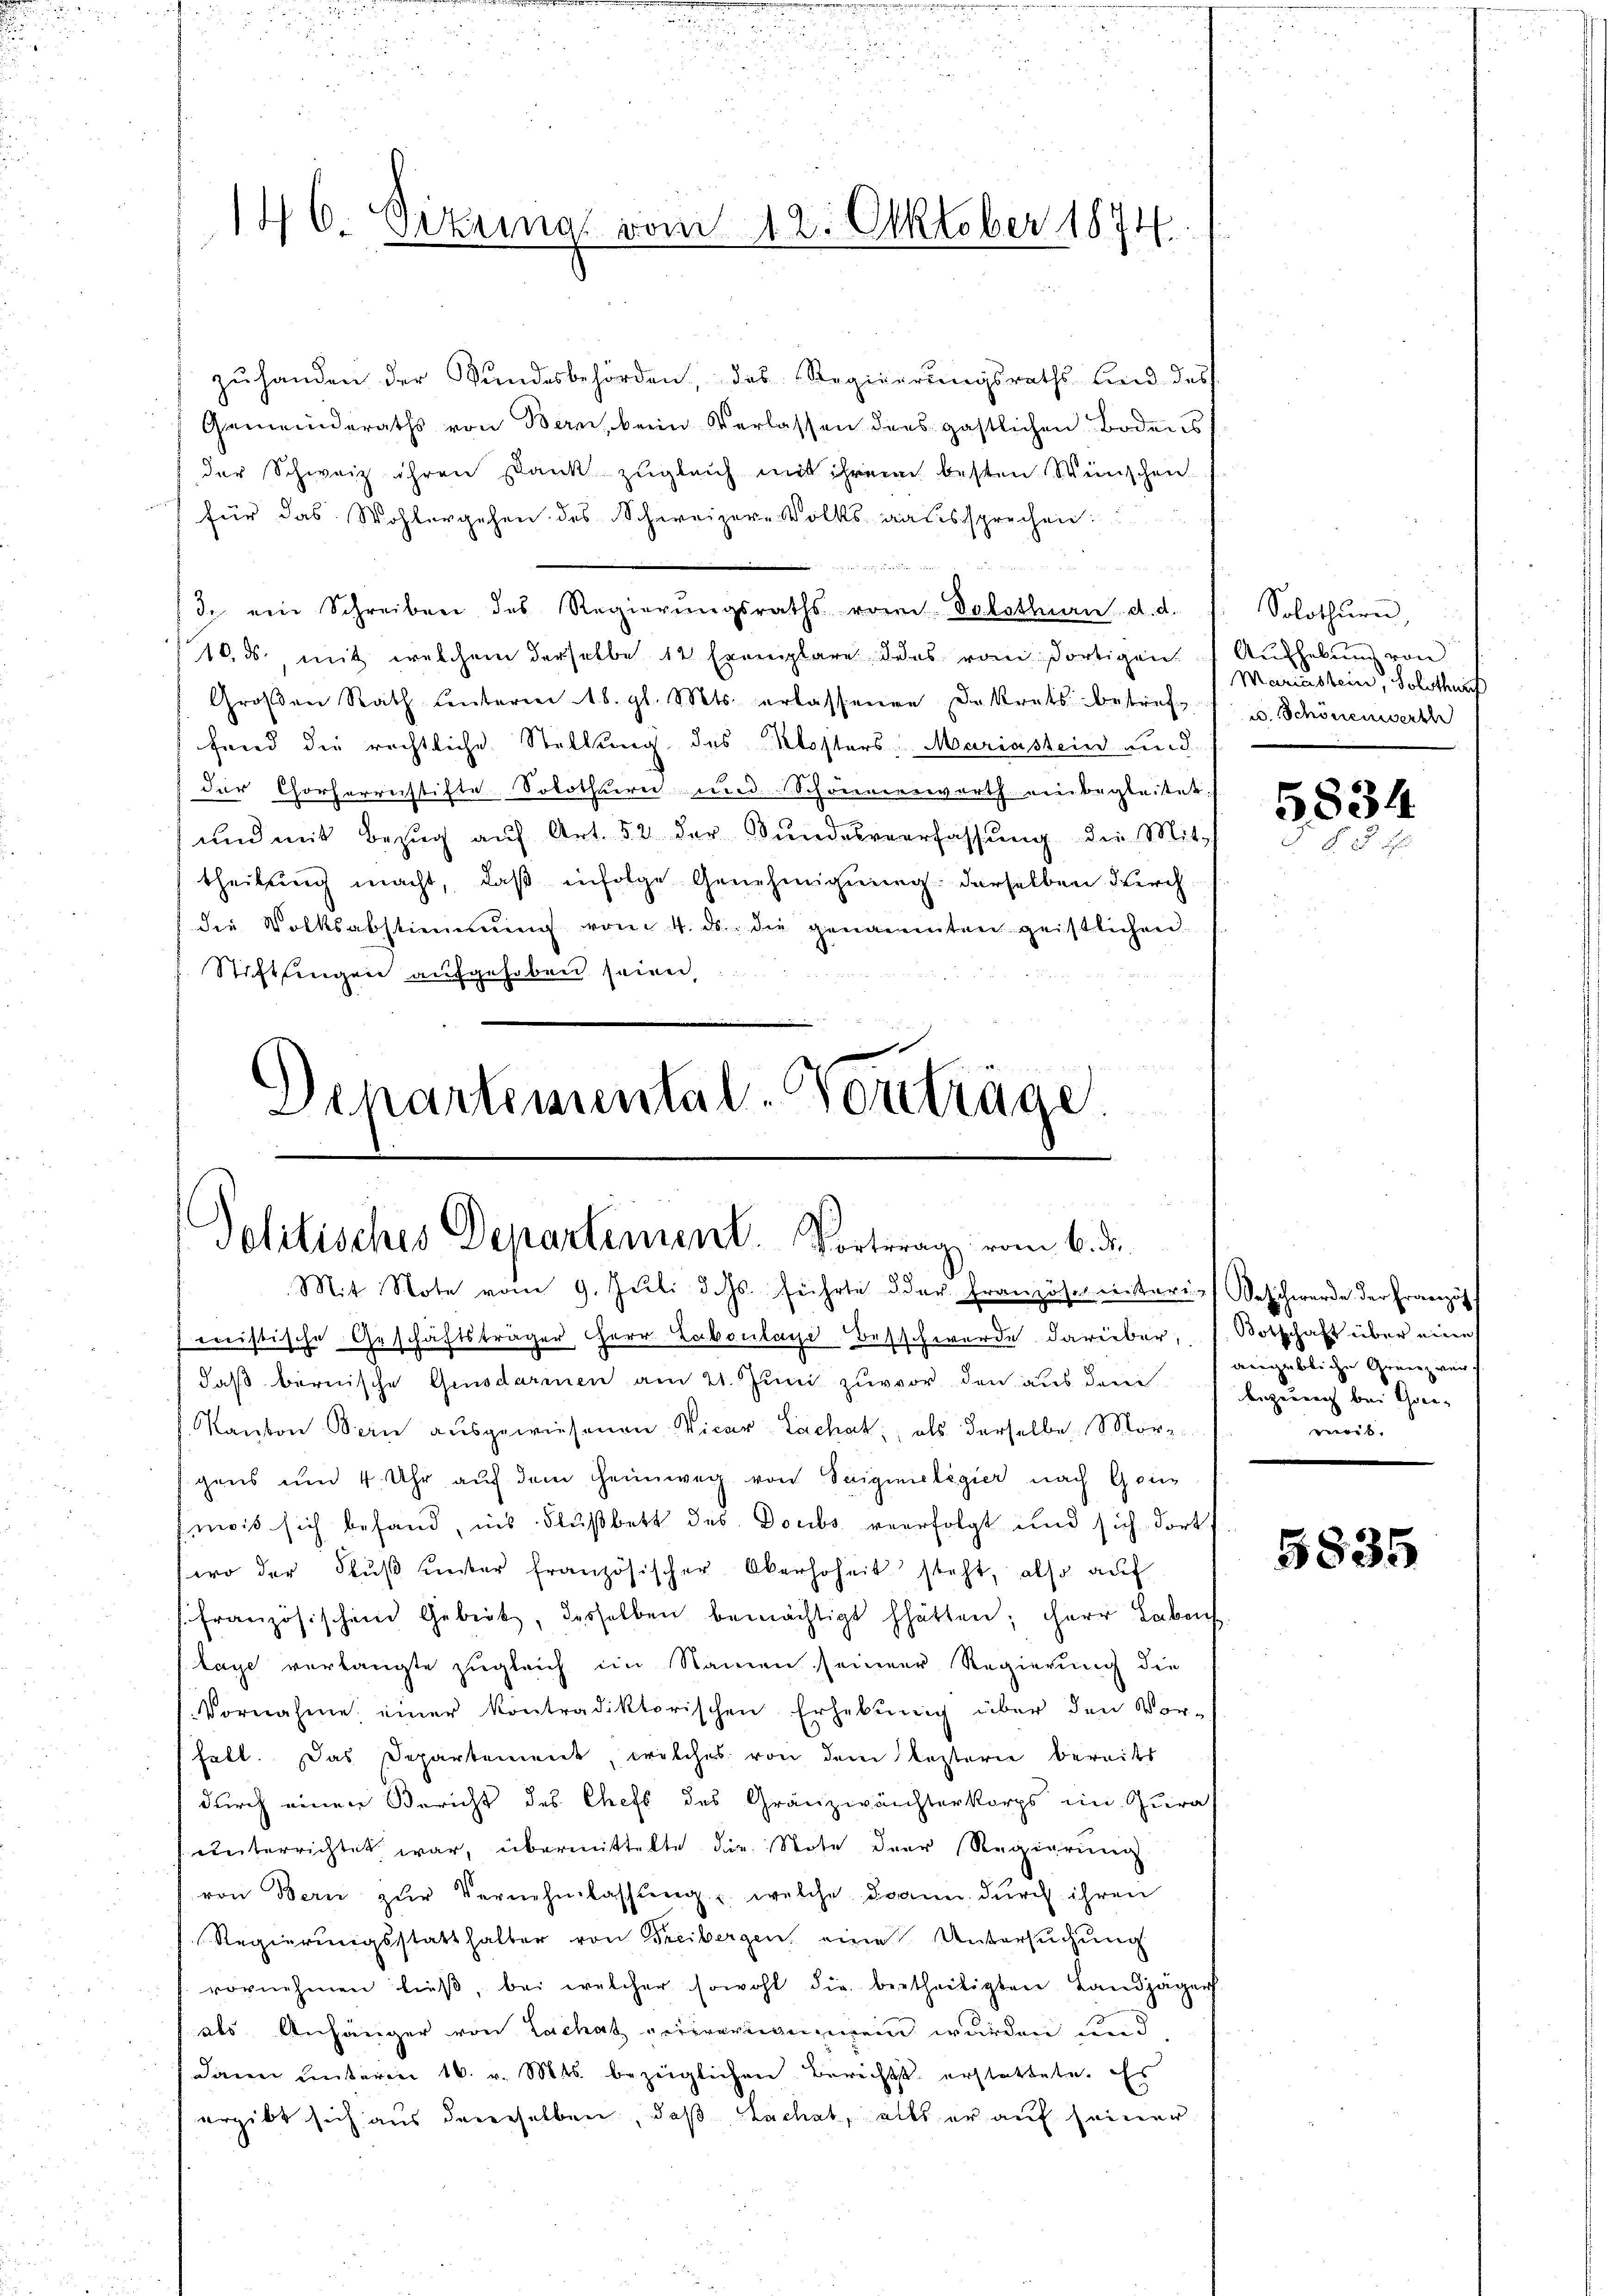
146 Gizung vom 12. Oktober 1874.

zŭ handen der Bŭndesbehörden, das Regierŭngsraths sind des
Gemeinderaths von Bern, beim Verlassen ders gastlichen Bodens
der Schweiz ihren Dank zugleich mit ihrem besten Wünschen
für das Wohlergehen des Schweizer-Volksaaussprechen:

3. ein Schreiben des Regierungsraths vom Solothurn d. d.
10. ds. mit welchem derselbe 12 Exemplare des vom dortigen
Groβen Rath unterm 18. gl. Mts. erlassenen Dekrets betref-
fried die rechtliche Stellung des Klosters, Mariastein an d
der Chorherrestifte Solothurn und Schreinenswerth einbegleitet,
und mit Bezug auf Art. 52 der Bundesverfassung die Mittheilŭng macht, daβ infolge Genehmigung derselben Kirch
die Volksabstimmung vom 4. ds. die genannten geistlichen
Stiftsingen aufgehoben seien,

Schartemental-Vorträge.
Solitisches Departement. Vortrag vom 6. d.
Mit Note vom 9. Jŭli d. Js. führte der Französ. interi-Beschwerde der Französ

mistische Geschäftsträger Herr Laboulage Beschwerde darüber, s. Botschaft über eine
daß bernische Gensdarmen am 21. Juni zuvor den aus dem
Kanton Bern ausgewiesenen Vicar Lachat, als derselbe, Mor
gens um 4 Uhr auf dem Heimweg von Seigineligier nach Gri
mois sich befand, ins Flußbett des Doubs verfolgt und sich dort
wo der Fŭβ ŭnter französischer Oberhoheit steht, also auf
französischen Gebiet, desselben bemächtigt hätten; iherr Leben
lage verlangte zugleich im Namen seiner Regierung die
Vornahme einer kontradiktorischen Erhebŭng über den Vor-
habt. Das Departement, welches von dem Kasterie bereits
durch einen Bericht des Chefs des Gränzwächterkorps im Jura
unterrichtet war, übermittelte die Note der Regierung
von Bern zŭr Vernehmlassŭng u. welche dann durch ihren
Regierungsstatthalter von Freibergen, eine Untersuchung
vornehmen ließ, bei welcher sowohl die betheiligten Landjäger
als Anhänger von Lachat vergemen wurden und
dann unterm 16. v. Mts. bezeiglichen Berichts erstattete. Es
ergibt sich aus dererselben, daß Lachet, alls er auf seiner

Solothurn,
Aufhebung von
Mariastein, Solothurf
u. Schönenwerth

5834

angebliche Grenz verf
bezeung bei Gren- |
rewit

5835